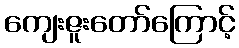
ကျေးဇူးတော်ကြောင့်